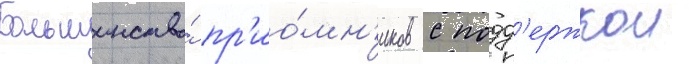
Большинство́ пр'ио́мн'иков с подд'ержкои